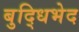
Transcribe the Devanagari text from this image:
बुद्धिभेद